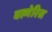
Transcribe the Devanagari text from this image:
बल्गेरिस